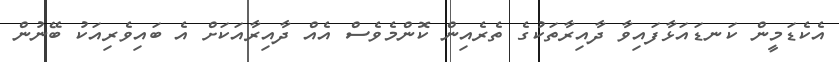
އެކެޑަމީން ކަނޑައަޅާފައިވާ ދާއިރާތަކުގެ ތެރެއިން ކޮންމެވެސް އެއް ދާއިރާއަކަށް އެ ބައިވެރިއަކު ބޭނުން